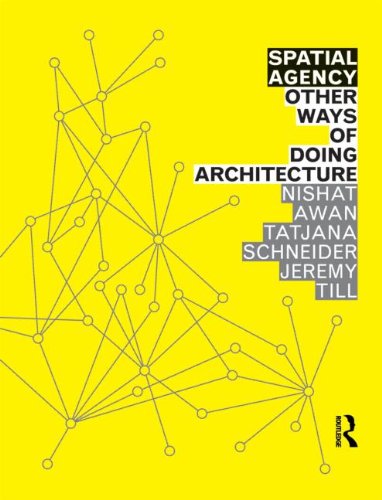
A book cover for Spatial Agency: Other Ways of Doing Architecture; Nishat Awan; Arts & Photography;